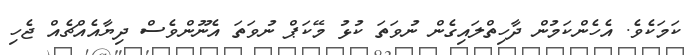
ކަމަކެވެ. އެހެންކަމުން ދާހިތްލައިގެން ނުވަތަ ކުޅު މޭކަޕް ނުވަތަ އެނޫންވެސް ދިޔާއެއްޗެއް ޖެހި